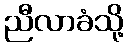
ညီလာခံသို့